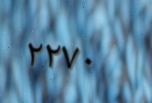
٢٢٧٠